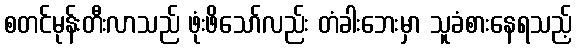
စတင်မုန်းတီးလာသည် ဖုံးဖိသော်လည်း တံခါးဘေးမှာ သူခံစားနေရသည့်